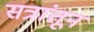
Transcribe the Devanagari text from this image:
सत्रांतून